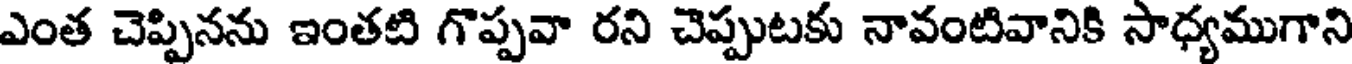
ఎంత చెప్పినను ఇంతటి గొప్పవా రని చెప్పుటకు నావంటివానికి సాధ్యముగాని